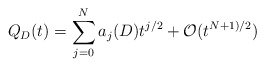
\begin{align*}Q_D(t)=\sum_{j=0}^N a_j(D)t^{j/2} + \mathcal{O}(t^{{N+1)}/2})\end{align*}